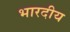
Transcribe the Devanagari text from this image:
भारदीय